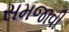
સમજાવી